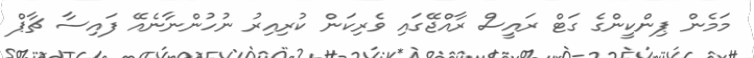
މަމެން ޕިންކީންގެ ގަޓް ރައީސް ރާއްޖޭގައި ވެރިކަން ކުރިއިރު ނުހުންނާނެއޭ ފައިސާ ޗާޕް